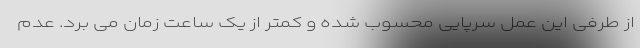
از طرفی این عمل سرپایی محسوب شده و کمتر از یک ساعت زمان می برد. عدم